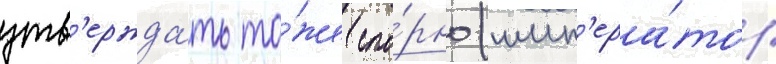
утв'ержда́ть то́же спо́рно (имп'ера́тор